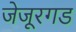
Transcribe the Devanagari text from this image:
जेजूरगड